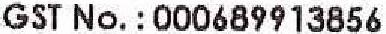
GST NO. : 000689913856